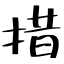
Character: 措